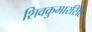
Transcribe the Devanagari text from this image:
शिवकुमारसिंह